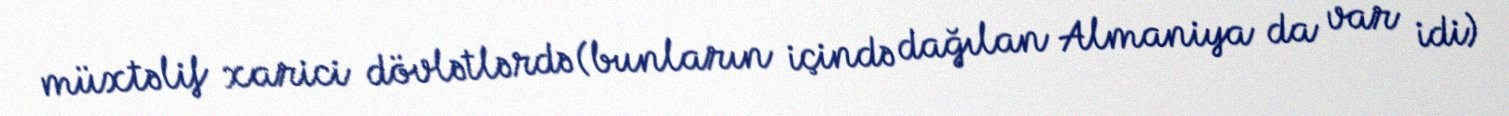
müxtəlif xarici dövlətlərdə (bunların içində dağılan Almaniya da var idi)